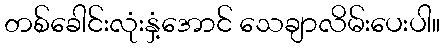
တစ်ခေါင်းလုံးနှံ့အောင် သေချာလိမ်းပေးပါ။